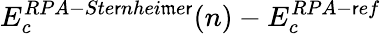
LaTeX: E_{c}^{RPA-Ste\mathsf{r}nhei\mathfrak{m}e\mathsf{r}}(n)-E_{c}^{RPA-\mathsf{r}ef}